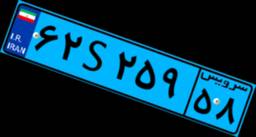
۹۷S۴۵۲۶۹